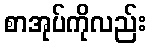
စာအုပ်ကိုလည်း